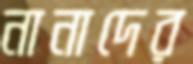
নানাদের